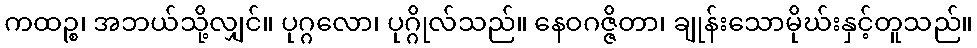
ကထဉ္စ၊ အဘယ်သို့လျှင်။ ပုဂ္ဂလော၊ ပုဂ္ဂိုလ်သည်။ နေဝဂဇ္ဇိတာ၊ ချုန်းသောမိုဃ်းနှင့်တူသည်။